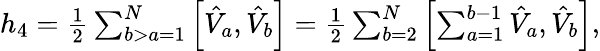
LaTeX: \begin{array}{r}{h_{4}=\frac{1}{2}\sum_{b>a=1}^{N}\left[\hat{V}_{a},\hat{V}_{b}\right]=\frac{1}{2}\sum_{b=2}^{N}\left[\sum_{a=1}^{b-1}\hat{V}_{a},\hat{V}_{b}\right],}\end{array}